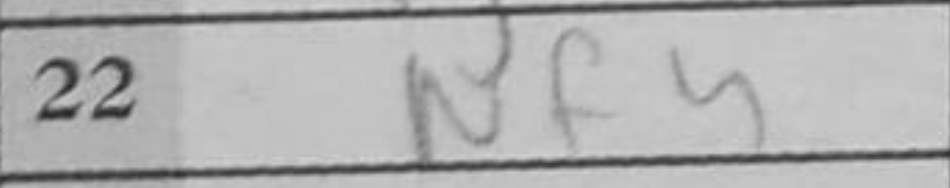
Transcription: Nf4